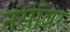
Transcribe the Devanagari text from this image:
नसांवर